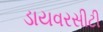
ડાયવરસીટી